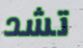
تشد